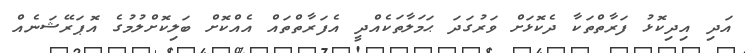
އަދި އިދިކޮޅު ފަރާތްތަކާ ދެކޮޅަށް ވަރުގަދަ ޙަމަލާތަކެއްދީ އެފަރާތްތައް އެއްކޮށް ބަލިކޮށްލުމުގެ އޮޕަރޭޝަނެއް